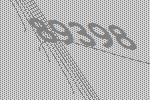
89398